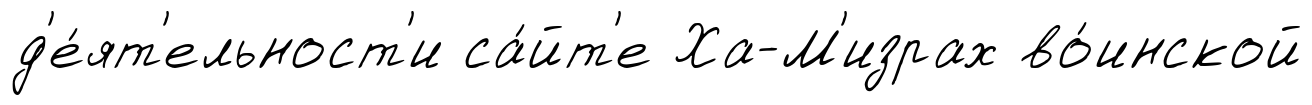
д'е́ят'ельност'и са́йт'е Ха-М'израх во́инской